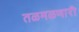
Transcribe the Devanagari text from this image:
तळमळणारी